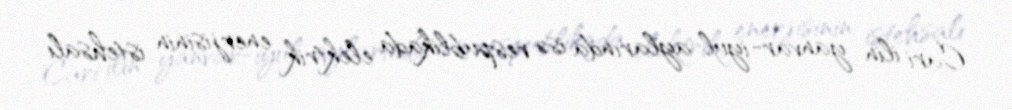
Cari ilin yanvar-iyul aylarında isə respublikada elektrik enerjisinin istehsalı